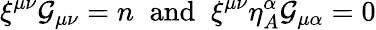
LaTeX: \xi^{\mu\nu}{\cal G}_{\mu\nu}=n\; \; \mathrm{and}\; \; \xi^{\mu\nu}\eta_{A}^{\alpha}{\cal G}_{\mu\alpha}=0